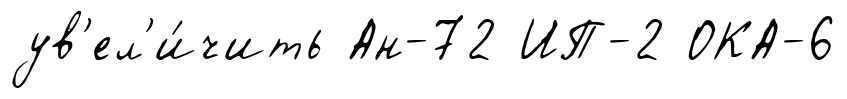
ув'ел'и́чить Ан-72 ИП-2 ОКА-6